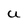
Character: U